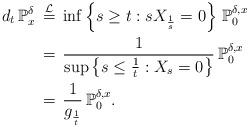
LaTeX: \begin{align*}d_t\,\mathbb{P}^\delta_x\,&\stackrel{\mathcal{L}}{=}\,\inf\left\{s\geq t:s X_\frac{1}{s}=0\right\}\,\mathbb{P}^{\delta,x}_0 \\&=\,\frac{1}{\sup\left\{s\leq\frac{1}{t}:X_s=0\right\}}\,\mathbb{P}^{\delta,x}_0 \\&=\,\frac{1}{g_\frac{1}{t}}\,\mathbb{P}^{\delta,x}_0.\end{align*}